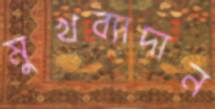
মুখব্যাদান